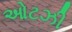
ઓટઝી